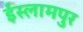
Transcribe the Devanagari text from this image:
ईस्लामपुर